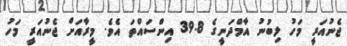
ޖެނުއަރީ މަހު ލިބުނު އާމްދަނީގެ 39.8 އިންސައްތަ އެވެ. މީރާއަށް ޖެނުއަރީ މަހު